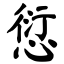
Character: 愆